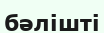
бәлішті